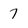
Character: 7